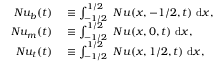
\begin{array} { r l } { N u _ { b } ( t ) } & { { } \equiv \int _ { - 1 / 2 } ^ { 1 / 2 } ~ N u ( x , - 1 / 2 , t ) ~ \mathrm { d } x , } \\ { N u _ { m } ( t ) } & { { } \equiv \int _ { - 1 / 2 } ^ { 1 / 2 } ~ N u ( x , 0 , t ) ~ \mathrm { d } x , } \\ { N u _ { t } ( t ) } & { { } \equiv \int _ { - 1 / 2 } ^ { 1 / 2 } ~ N u ( x , 1 / 2 , t ) ~ \mathrm { d } x , } \end{array}